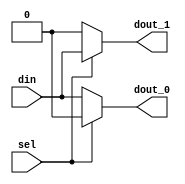
module demux_1x2(
  input wire sel,
  input wire din,
  output wire dout_0,
  output wire dout_1
);
  assign dout_0 = (sel) ? 1'b0 : din;
  assign dout_1 = (sel) ? din : 1'b0;
endmodule

module demux_1x8(
  input wire [2:0] sel,
  input wire din,
  output wire [7:0]out
);
  wire w1,w2,w3,w4,w5,w6;
  
  demux_1x2 M1(sel[2],din,w1,w2);
  
  demux_1x2 M2(sel[1],w1,w3,w4);
  demux_1x2 M3(sel[1],w2,w5,w6);
  
  demux_1x2 M4(sel[0],w3,out[0],out[1]);
  demux_1x2 M5(sel[0],w4,out[2],out[3]);
  demux_1x2 M6(sel[0],w5,out[4],out[5]);
  demux_1x2 M7(sel[0],w6,out[6],out[7]);
  
endmodule